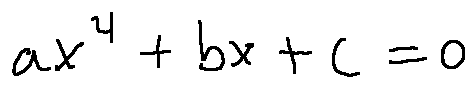
a x ^ { 4 } + b x + c = 0